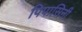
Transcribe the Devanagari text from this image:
पिपासिनी